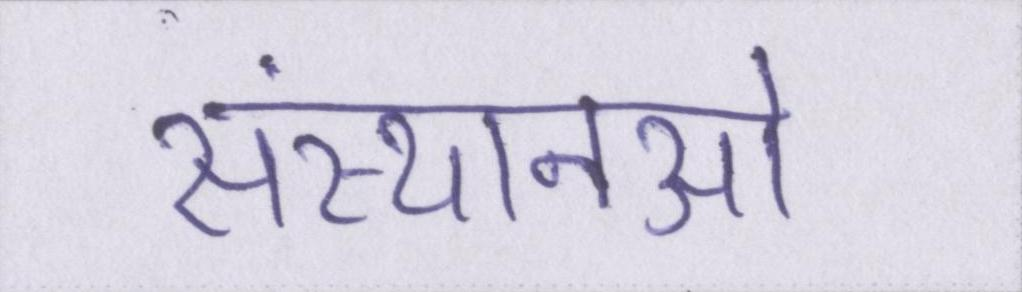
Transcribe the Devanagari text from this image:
संस्थानओं